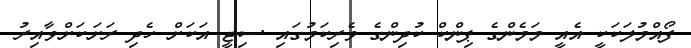
ފޯއްމުލަކަކީ އެއީ މަމެންގެ ޕިންކް ކުދިންގެ ވެރިކަމުގައި ސިޓީ އަކަށް ހެދި ރަށަކަށްވާއިރު